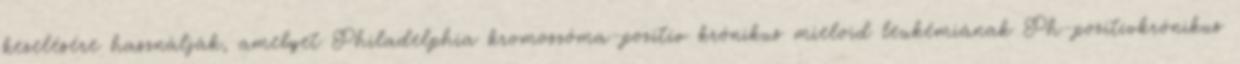
kezelésére használják, amelyet Philadelphia kromoszóma-pozitív krónikus mieloid leukémiának Ph-pozitívkrónikus